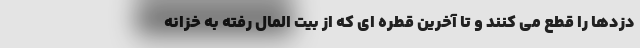
دزدها را قطع می کنند و تا آخرین قطره ای که از بیت المال رفته به خزانه